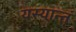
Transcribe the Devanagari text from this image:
यस्यान्तं